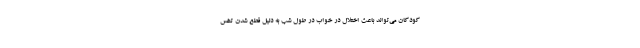
کودکان می‌تواند باعث اختلال در خواب در طول شب به دلیل قطع شدن تنفس